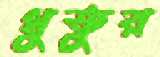
থুতুর